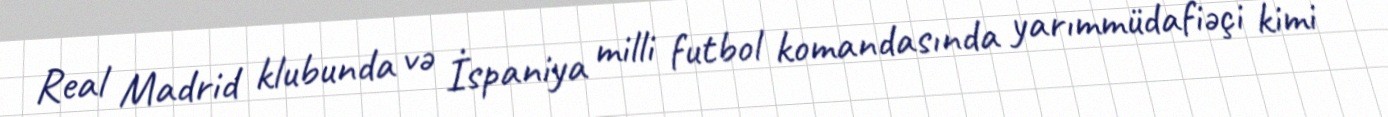
Real Madrid klubunda və İspaniya milli futbol komandasında yarımmüdafiəçi kimi